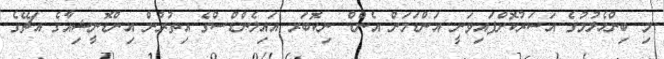
މި ބިންހެލުމުގެ އަސަރުކޮށްފައިވަނީ އަންޑަމަން އެންޑް ނިކޮބަރ އައިލެންޑްސްގެ އިތުރުން އިންޑޮނީޝިއާގެ އަޗޭގެ